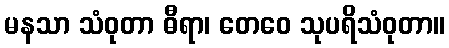
မနသာ သံဝုတာ ဓီရာ၊ တေဝေ သုပရိသံဝုတာ။